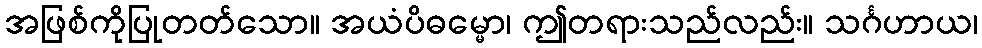
အဖြစ်ကိုပြုတတ်သော။ အယံပိဓမ္မော၊ ဤတရားသည်လည်း။ သင်္ဂဟာယ၊